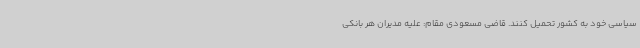
سیاسی خود به کشور تحمیل کنند. قاضی مسعودی مقام: علیه مدیران هر بانکی